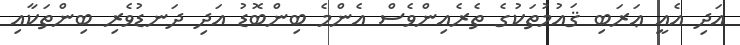
އަދި އެއީ ޢަރަބި ޤައުމުތަކުގެ ތެރެއިންވެސް އެންމެ ބިންބޮޑު އަދި ދަނޑުވެރި ބިންތަކާއި